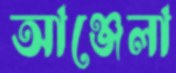
আঞ্জেলা